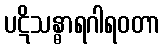
ပဋိသန္ဓာရဂါရဝတာ